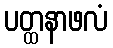
ပတ္ထနာဖလံ